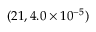
( 2 1 , 4 . 0 \times 1 0 ^ { - 5 } )